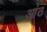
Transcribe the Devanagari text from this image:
आंठ